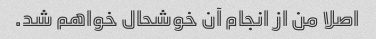
اصلا من از انجام آن خوشحال خواهم شد.